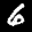
Label: 6